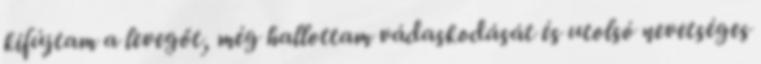
kifújtam a levegőt, még hallottam vádaskodását és utolsó nevetséges